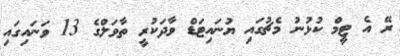
ރޭ އެ ޓީމް ކުޅުނު މެޗުގައި ޔުނައިޓަޑް ވާދަކުރީ ތާވަލްގެ 13 ވަނައިގައި